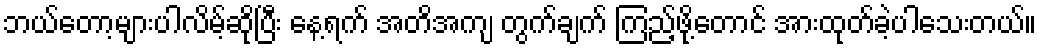
ဘယ်တော့များပါလိမ့်ဆိုပြီး နေ့ရက် အတိအကျ တွက်ချက် ကြည့်ဖို့တောင် အားထုတ်ခဲ့ပါသေးတယ်။